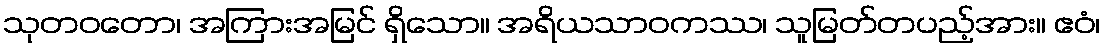
သုတဝတော၊ အကြားအမြင် ရှိသော။ အရိယသာဝကဿ၊ သူမြတ်တပည့်အား။ ဧဝံ၊